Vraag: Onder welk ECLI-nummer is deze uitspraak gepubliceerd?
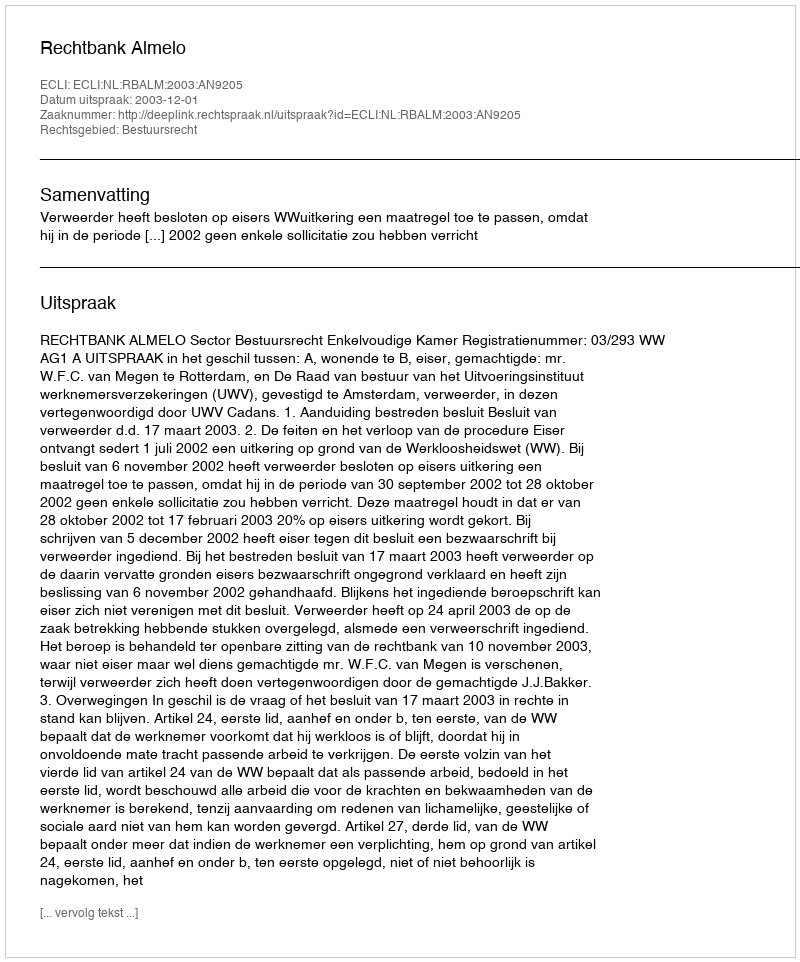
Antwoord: ECLI:NL:RBALM:2003:AN9205